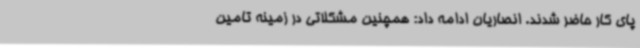
پای کار حاضر شدند. انصاریان ادامه داد: همچنین مشکلاتی در زمینه تامین